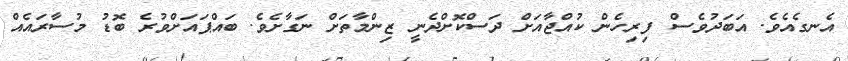
އެނގެއެވެ. އަބަދުވެސް ފިރިހެން ކުއްޖާއަށް ދަސްކޮށްދެނީ ޒިންމާތަށް ނަގާށެވެ. ބައްޕައަށްވުރެ ބޮޑު މުސާރައެއް